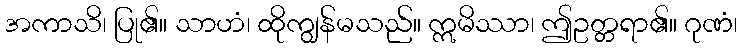
အကာသိ၊ ပြု၏။ သာဟံ၊ ထိုကျွန်မသည်။ ဣမိဿာ၊ ဤဥတ္တရာ၏။ ဂုဏံ၊